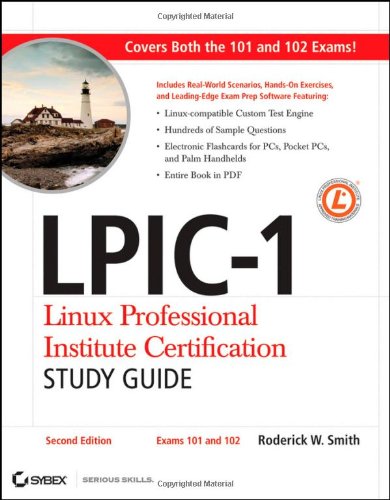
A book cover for LPIC-1: Linux Professional Institute Certification Study Guide: (Exams 101 and 102); Roderick W. Smith; Computers & Technology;